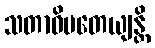
သတာဓိပတေယျန္တိ